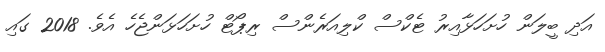
އަދި ބީލަން ހުށަހަޅާއިރު ޓެކްސް ކްލިއަރެންސް ރިޕޯޓް ހުށަހަޅަންޖެހެ އެވެ. 2018 ގައި